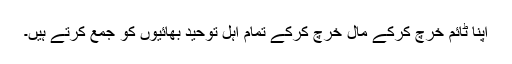
اپنا ٹائم خرچ کرکے مال خرچ کرکے تمام اہل توحید بھائیوں کو جمع کرتے ہیں۔